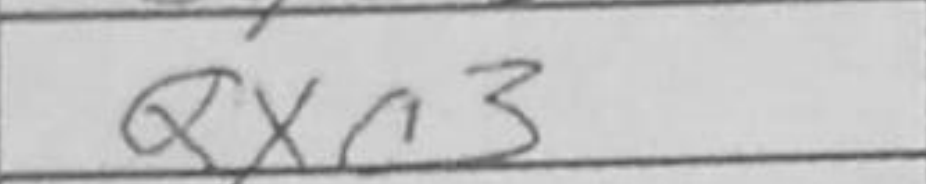
Transcription: Qxc3